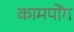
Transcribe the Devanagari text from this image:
कामपोंग